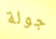
جولة